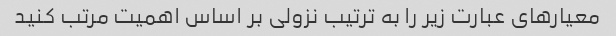
معیارهای عبارت زیر را به ترتیب نزولی بر اساس اهمیت مرتب کنید